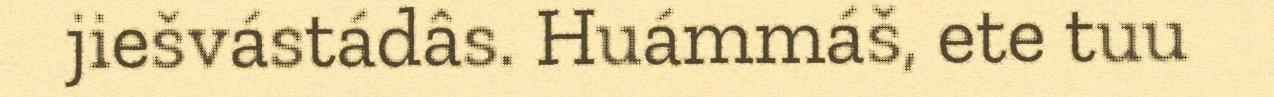
jiešvástádâs. Huámmáš, ete tuu